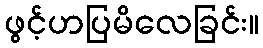
ဖွင့်ဟပြမိလေခြင်း။